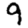
Digit: 9